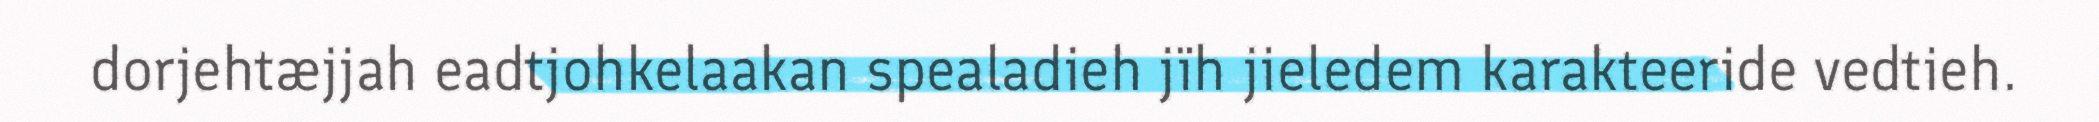
dorjehtæjjah eadtjohkelaakan spealadieh jïh jieledem karakteeride vedtieh.